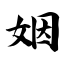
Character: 姻